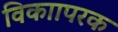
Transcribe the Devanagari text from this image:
विकाापरक